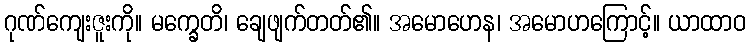
ဂုဏ်ကျေးဇူးကို။ မက္ခေတိ၊ ချေဖျက်တတ်၏။ အမောဟေန၊ အမောဟကြောင့်။ ယာထာဝ